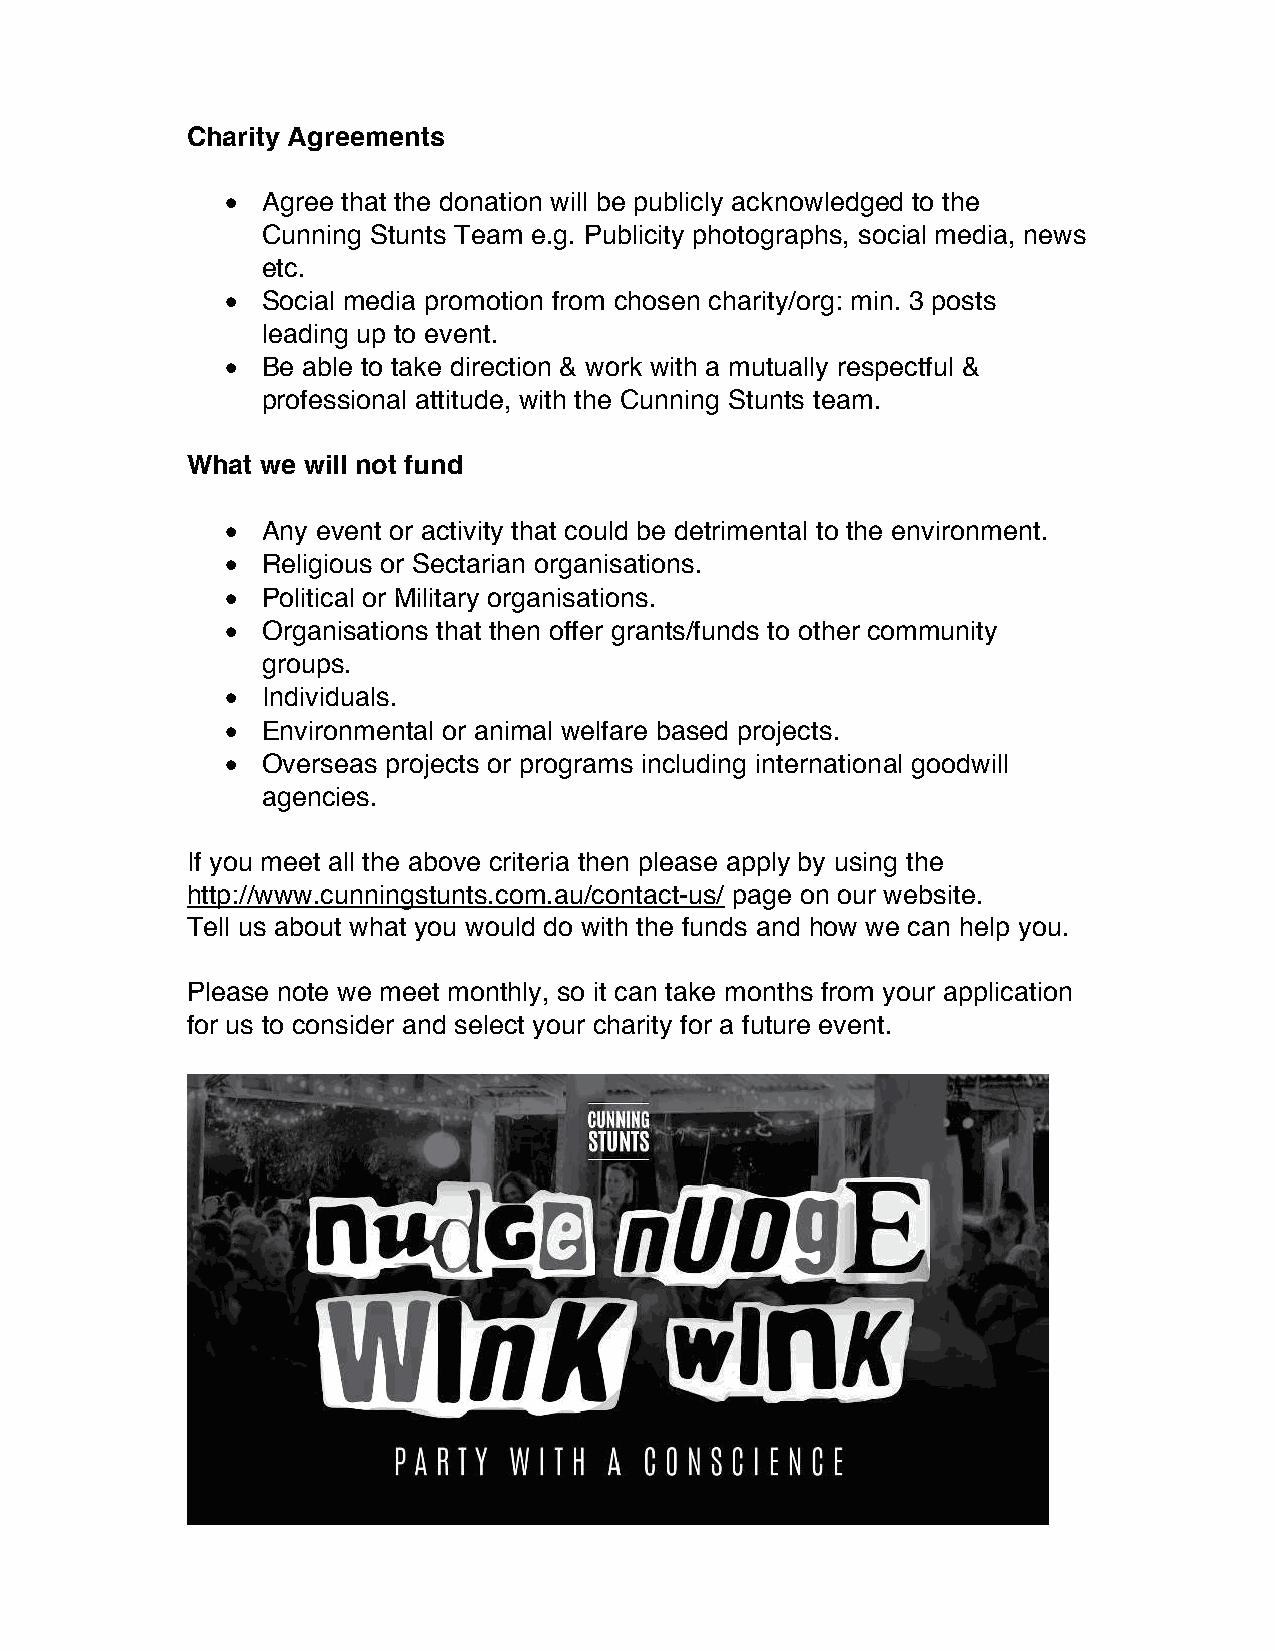
Charity Agreements
 ¥! Agree that the donation will be publicly acknowledged to the
 Cunning Stunts Team e.g. Publicity photographs, social media, news
 etc.
 ¥! Social media promotion from chosen charity/org: min. 3 posts
 leading up to event.
 ¥! Be able to take direction & work with a mutually respectful &
 professional attitude, with the Cunning Stunts team.
 What we will not fund
 ¥! Any event or activity that could be detrimental to the environment.
 ¥! Religious or Sectarian organisations.
 ¥! Political or Military organisations.
 ¥! Organisations that then offer grants/funds to other community
 groups.
 ¥! Individuals.
 ¥! Environmental or animal welfare based projects.
 ¥! Overseas projects or programs including international goodwill
 agencies.
 If you meet all the above criteria then please apply by using the
 http://www.cunningstunts.com.au/contact-us/ page on our website.
 Tell us about what you would do with the funds and how we can help you.
 Please note we meet monthly, so it can take months from your application
 for us to consider and select your charity for a future event.